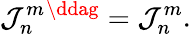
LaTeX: {\cal J}_{n}^{m}{}^{\ddag}={\cal J}_{n}^{m}.